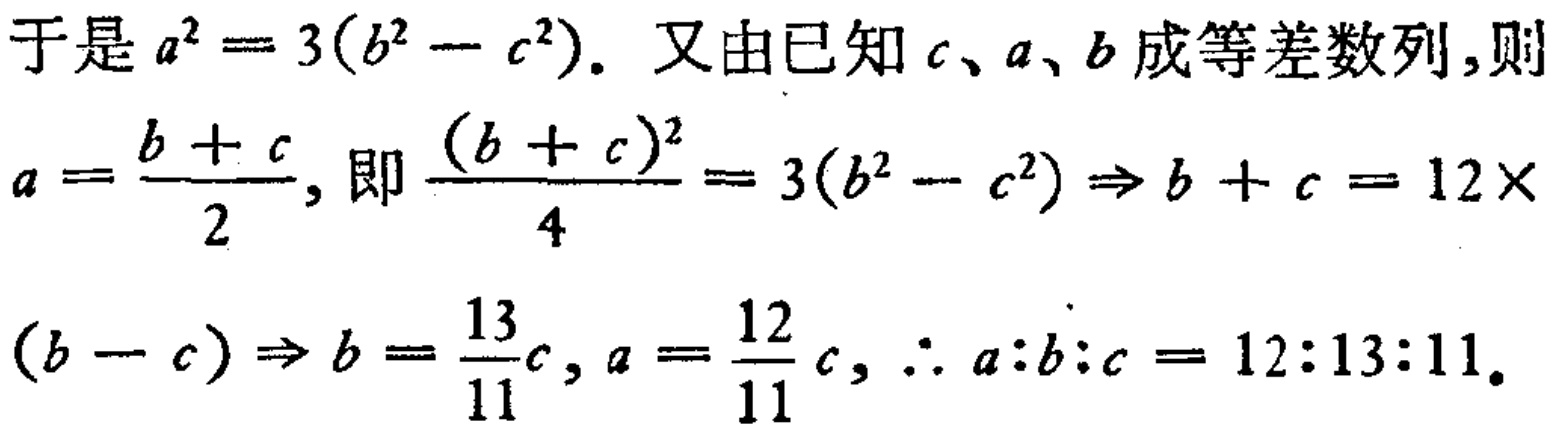
于是\(a^{2}=3(b^{2}-c^{2})\)。又由已知\(c\)、\(a\)、\(b\)成等差数列，则
\(a = \frac{b + c}{2}\)，即\(\frac{(b + c)^{2}}{4}=3(b^{2}-c^{2})\Rightarrow b + c = 12\times\)
\((b - c)\Rightarrow b = \frac{13}{11}c\)，\(a = \frac{12}{11}c\)，\(\therefore a:b:c = 12:13:11\)。